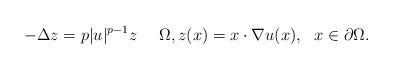
LaTeX: \begin{align*} -\Delta z = p |u|^{p-1}z \ \ \ \ \Omega, z(x) = x \cdot \nabla u (x), \ \ x \in \partial \Omega.\end{align*}